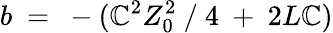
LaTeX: b~=~-(\mathbb{C}^{2}Z_{0}^{2}~/~4~+~2L\mathbb{C})